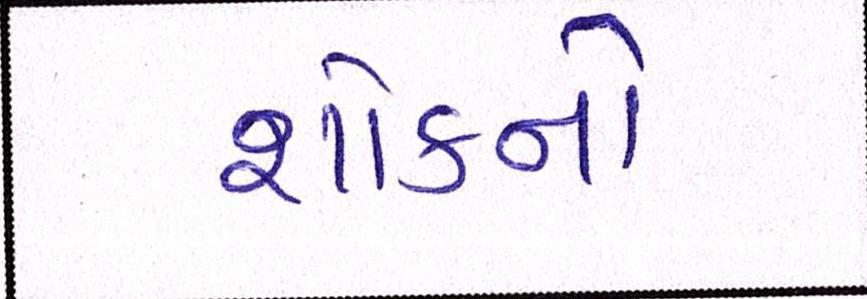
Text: શોકનો